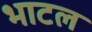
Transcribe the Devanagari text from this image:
भाटल